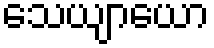
သေယျာယော